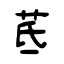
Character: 茋